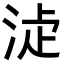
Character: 𣵕